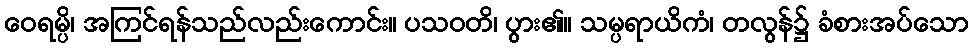
ဝေရမ္ပိ၊ အကြင်ရန်သည်လည်းကောင်း။ ပသဝတိ၊ ပွား၏။ သမ္ပရာယိကံ၊ တလွန်၌ ခံစားအပ်သော